Reports on dispensaries and lunatic asylums in the Province of Oudh - 1869-1876
Year: 1869
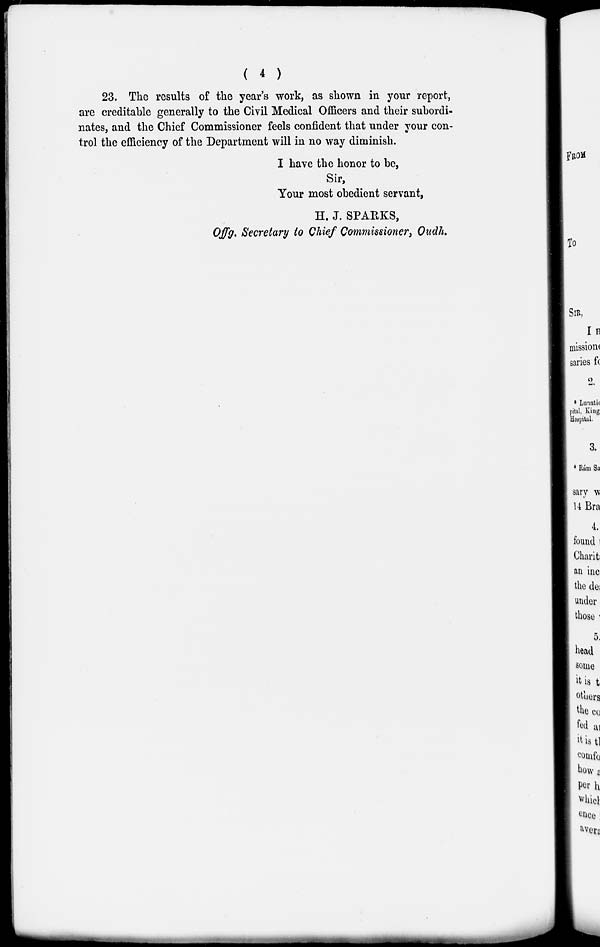
( 4 )
23. The results of the year's work, as shown in your report,
are creditable generally to the Civil Medical Officers and their subordi-
nates, and the Chief Commissioner feels confident that under your con-
trol the efficiency of the Department will in no way diminish.
I have the honor to be,
Sir,
Your most obedient servant,
H. J. SPARKS,
Offg. Secretary to Chief Commissioner, Oudh.